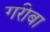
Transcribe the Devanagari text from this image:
गरीबा